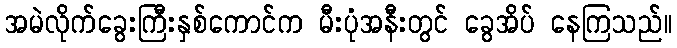
အမဲလိုက်ခွေးကြီးနှစ်ကောင်က မီးပုံအနီးတွင် ခွေအိပ် နေကြသည်။